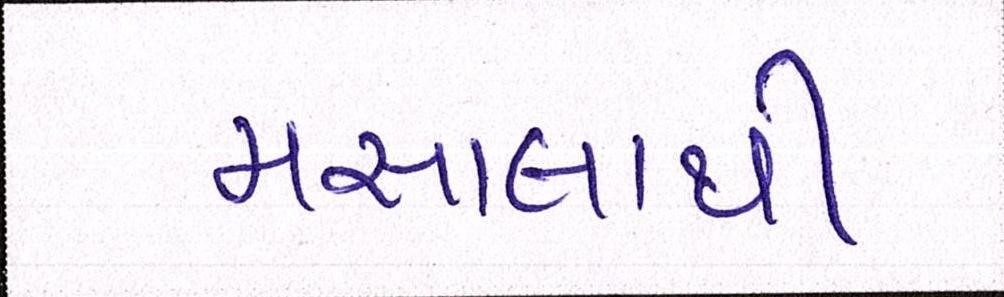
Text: મસાલાથી